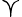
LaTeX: \curlyvee